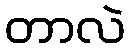
တာလဲ